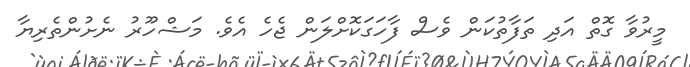
މީރުވާ ގޮތް އަދި ތަފާތުކަން ވެސް ފާހަގަކޮށްލަން ޖެހެ އެވެ. މަޝްހޫރު ނެށުންތެރިޔާ